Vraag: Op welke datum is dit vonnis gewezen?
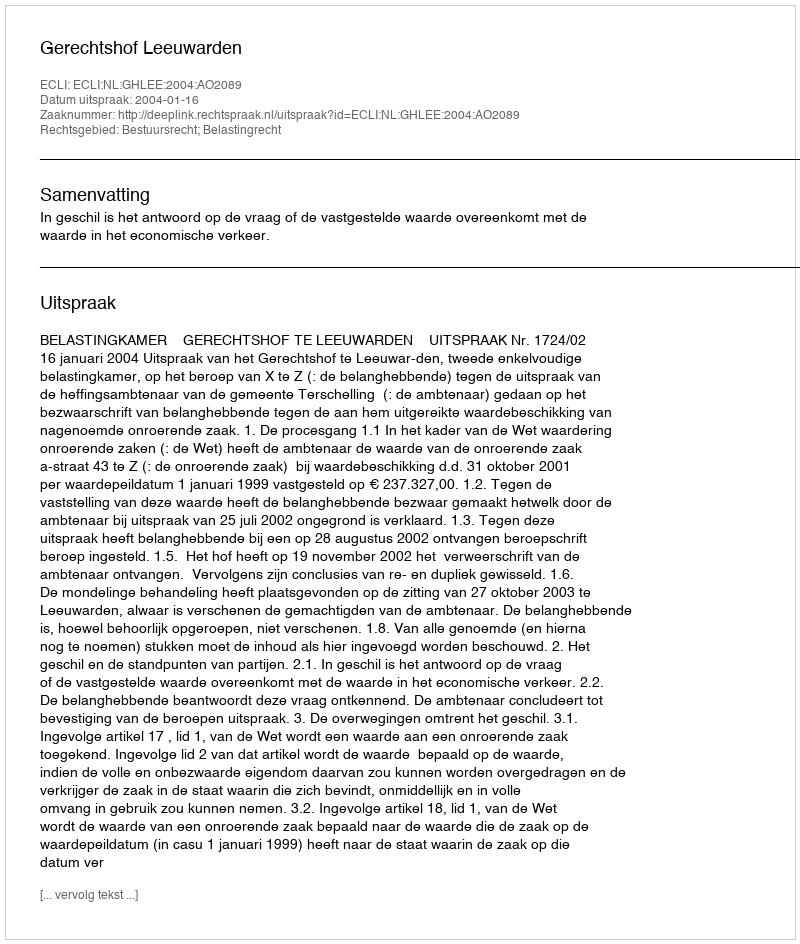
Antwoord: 2004-01-16